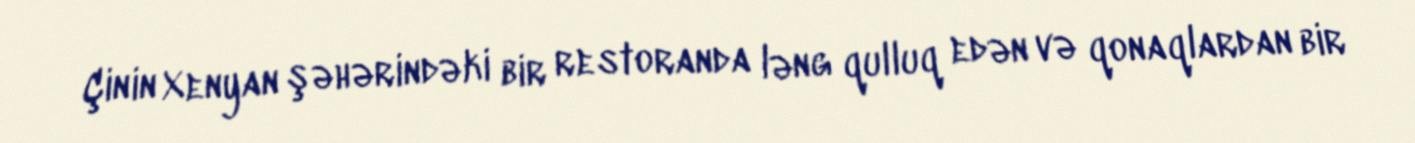
Çinin Xenyan şəhərindəki bir restoranda ləng qulluq edən və qonaqlardan bir